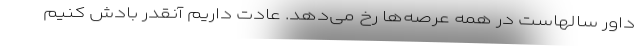
داور سالهاست در همه عرصه‌ها رخ می‌دهد. عادت داریم آنقدر بادش کنیم